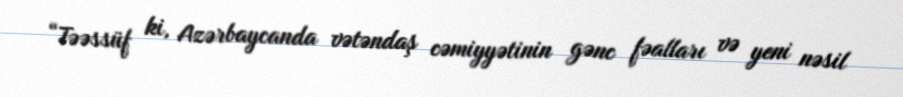
“Təəssüf ki, Azərbaycanda vətəndaş cəmiyyətinin gənc fəalları və yeni nəsil